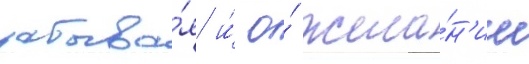
забыва́я и́ о́ жела́н'ии